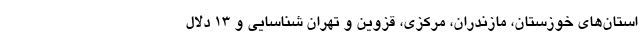
استان‌های خوزستان، مازندران، مرکزی، قزوین و تهران شناسایی و ۱۳ دلال